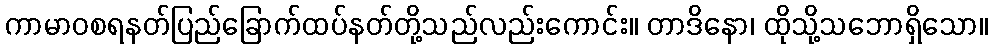
ကာမာဝစရနတ်ပြည်ခြောက်ထပ်နတ်တို့သည်လည်းကောင်း။ တာဒိနော၊ ထိုသို့သဘောရှိသော။